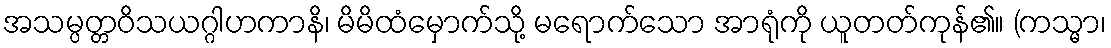
အသမ္ပတ္တဝိသယဂ္ဂါဟကာနိ၊ မိမိထံမှောက်သို့ မရောက်သော အာရုံကို ယူတတ်ကုန်၏။ (ကသ္မာ၊